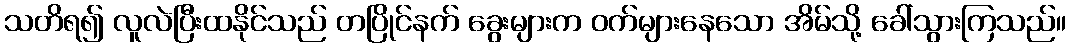
သတိရ၍ လူလဲပြီးထနိုင်သည် တပြိုင်နက် ခွေးများက ဝက်များနေသော အိမ်သို့ ခေါ်သွားကြသည်။